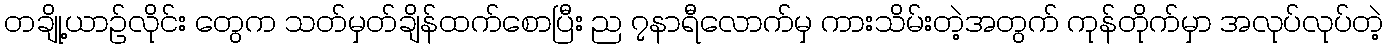
တချို့ယာဉ်လိုင်း တွေက သတ်မှတ်ချိန်ထက်စောပြီး ည ၇နာရီလောက်မှ ကားသိမ်းတဲ့အတွက် ကုန်တိုက်မှာ အလုပ်လုပ်တဲ့